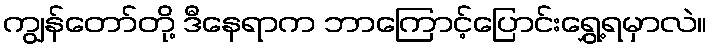
ကျွန်တော်တို့ ဒီနေရာက ဘာကြောင့်ပြောင်းရွှေ့ရမှာလဲ။